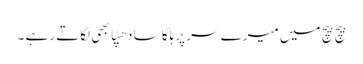
بیچ بیچ میں میرے سر پر ہلکا سا دھپّا بھی لگاتے رہے ۔